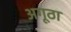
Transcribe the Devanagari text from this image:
अगूठा